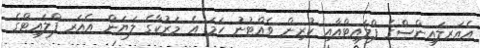
އެއަރލައިންސްގެ ފްލައިޓްއާއި ކުރިން ވެއްޓުނު ހަމަ އެ މަރުކާގެ ލަޔަން އެއަރ ފްލައިޓްގެ